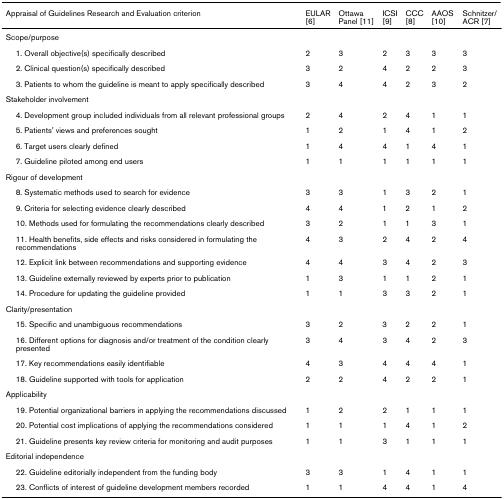
<table><thead><tr><td><b>Appraisal of Guidelines Research and Evaluation criterion</b></td><td><b>EULAR [6]</b></td><td><b>Ottawa Panel [11]</b></td><td><b>ICSI [9]</b></td><td><b>CCC [8]</b></td><td><b>AAOS [10]</b></td><td><b>Schnitzer/ACR [7]</b></td></tr></thead><tbody><tr><td>Scope/purpose</td><td></td><td></td><td></td><td></td><td></td><td></td></tr><tr><td> 1. Overall objective(s) specifically described</td><td>2</td><td>3</td><td>2</td><td>3</td><td>3</td><td>3</td></tr><tr><td> 2. Clinical question(s) specifically described</td><td>3</td><td>2</td><td>4</td><td>2</td><td>2</td><td>3</td></tr><tr><td> 3. Patients to whom the guideline is meant to apply specifically described</td><td>3</td><td>4</td><td>4</td><td>2</td><td>3</td><td>2</td></tr><tr><td>Stakeholder involvement</td><td></td><td></td><td></td><td></td><td></td><td></td></tr><tr><td> 4. Development group included individuals from all relevant professional groups</td><td>2</td><td>4</td><td>2</td><td>4</td><td>1</td><td>1</td></tr><tr><td> 5. Patients&#x27; views and preferences sought</td><td>1</td><td>2</td><td>1</td><td>4</td><td>1</td><td>2</td></tr><tr><td> 6. Target users clearly defined</td><td>1</td><td>4</td><td>4</td><td>1</td><td>4</td><td>1</td></tr><tr><td> 7. Guideline piloted among end users</td><td>1</td><td>1</td><td>1</td><td>1</td><td>1</td><td>1</td></tr><tr><td>Rigour of development</td><td></td><td></td><td></td><td></td><td></td><td></td></tr><tr><td> 8. Systematic methods used to search for evidence</td><td>3</td><td>3</td><td>1</td><td>3</td><td>2</td><td>1</td></tr><tr><td> 9. Criteria for selecting evidence clearly described</td><td>4</td><td>4</td><td>1</td><td>2</td><td>1</td><td>2</td></tr><tr><td> 10. Methods used for formulating the recommendations clearly described</td><td>3</td><td>2</td><td>1</td><td>1</td><td>3</td><td>1</td></tr><tr><td> 11. Health benefits, side effects and risks considered in formulating the recommendations</td><td>4</td><td>3</td><td>2</td><td>4</td><td>2</td><td>4</td></tr><tr><td> 12. Explicit link between recommendations and supporting evidence</td><td>4</td><td>4</td><td>3</td><td>4</td><td>2</td><td>3</td></tr><tr><td> 13. Guideline externally reviewed by experts prior to publication</td><td>1</td><td>3</td><td>1</td><td>1</td><td>2</td><td>1</td></tr><tr><td> 14. Procedure for updating the guideline provided</td><td>1</td><td>1</td><td>3</td><td>3</td><td>2</td><td>1</td></tr><tr><td>Clarity/presentation</td><td></td><td></td><td></td><td></td><td></td><td></td></tr><tr><td> 15. Specific and unambiguous recommendations</td><td>3</td><td>2</td><td>3</td><td>2</td><td>2</td><td>1</td></tr><tr><td> 16. Different options for diagnosis and/or treatment of the condition clearly presented</td><td>3</td><td>4</td><td>3</td><td>4</td><td>2</td><td>3</td></tr><tr><td> 17. Key recommendations easily identifiable</td><td>4</td><td>3</td><td>4</td><td>4</td><td>4</td><td>1</td></tr><tr><td> 18. Guideline supported with tools for application</td><td>2</td><td>2</td><td>4</td><td>2</td><td>2</td><td>1</td></tr><tr><td>Applicability</td><td></td><td></td><td></td><td></td><td></td><td></td></tr><tr><td> 19. Potential organizational barriers in applying the recommendations discussed</td><td>1</td><td>2</td><td>2</td><td>1</td><td>1</td><td>1</td></tr><tr><td> 20. Potential cost implications of applying the recommendations considered</td><td>1</td><td>1</td><td>1</td><td>4</td><td>1</td><td>2</td></tr><tr><td> 21. Guideline presents key review criteria for monitoring and audit purposes</td><td>1</td><td>1</td><td>3</td><td>1</td><td>1</td><td>1</td></tr><tr><td>Editorial independence</td><td></td><td></td><td></td><td></td><td></td><td></td></tr><tr><td> 22. Guideline editorially independent from the funding body</td><td>3</td><td>3</td><td>1</td><td>4</td><td>1</td><td>1</td></tr><tr><td> 23. Conflicts of interest of guideline development members recorded</td><td>1</td><td>1</td><td>4</td><td>4</td><td>1</td><td>4</td></tr></tbody></table>